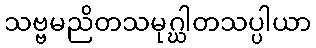
သဗ္ဗမညိတသမုဂ္ဃါတသပ္ပါယာ